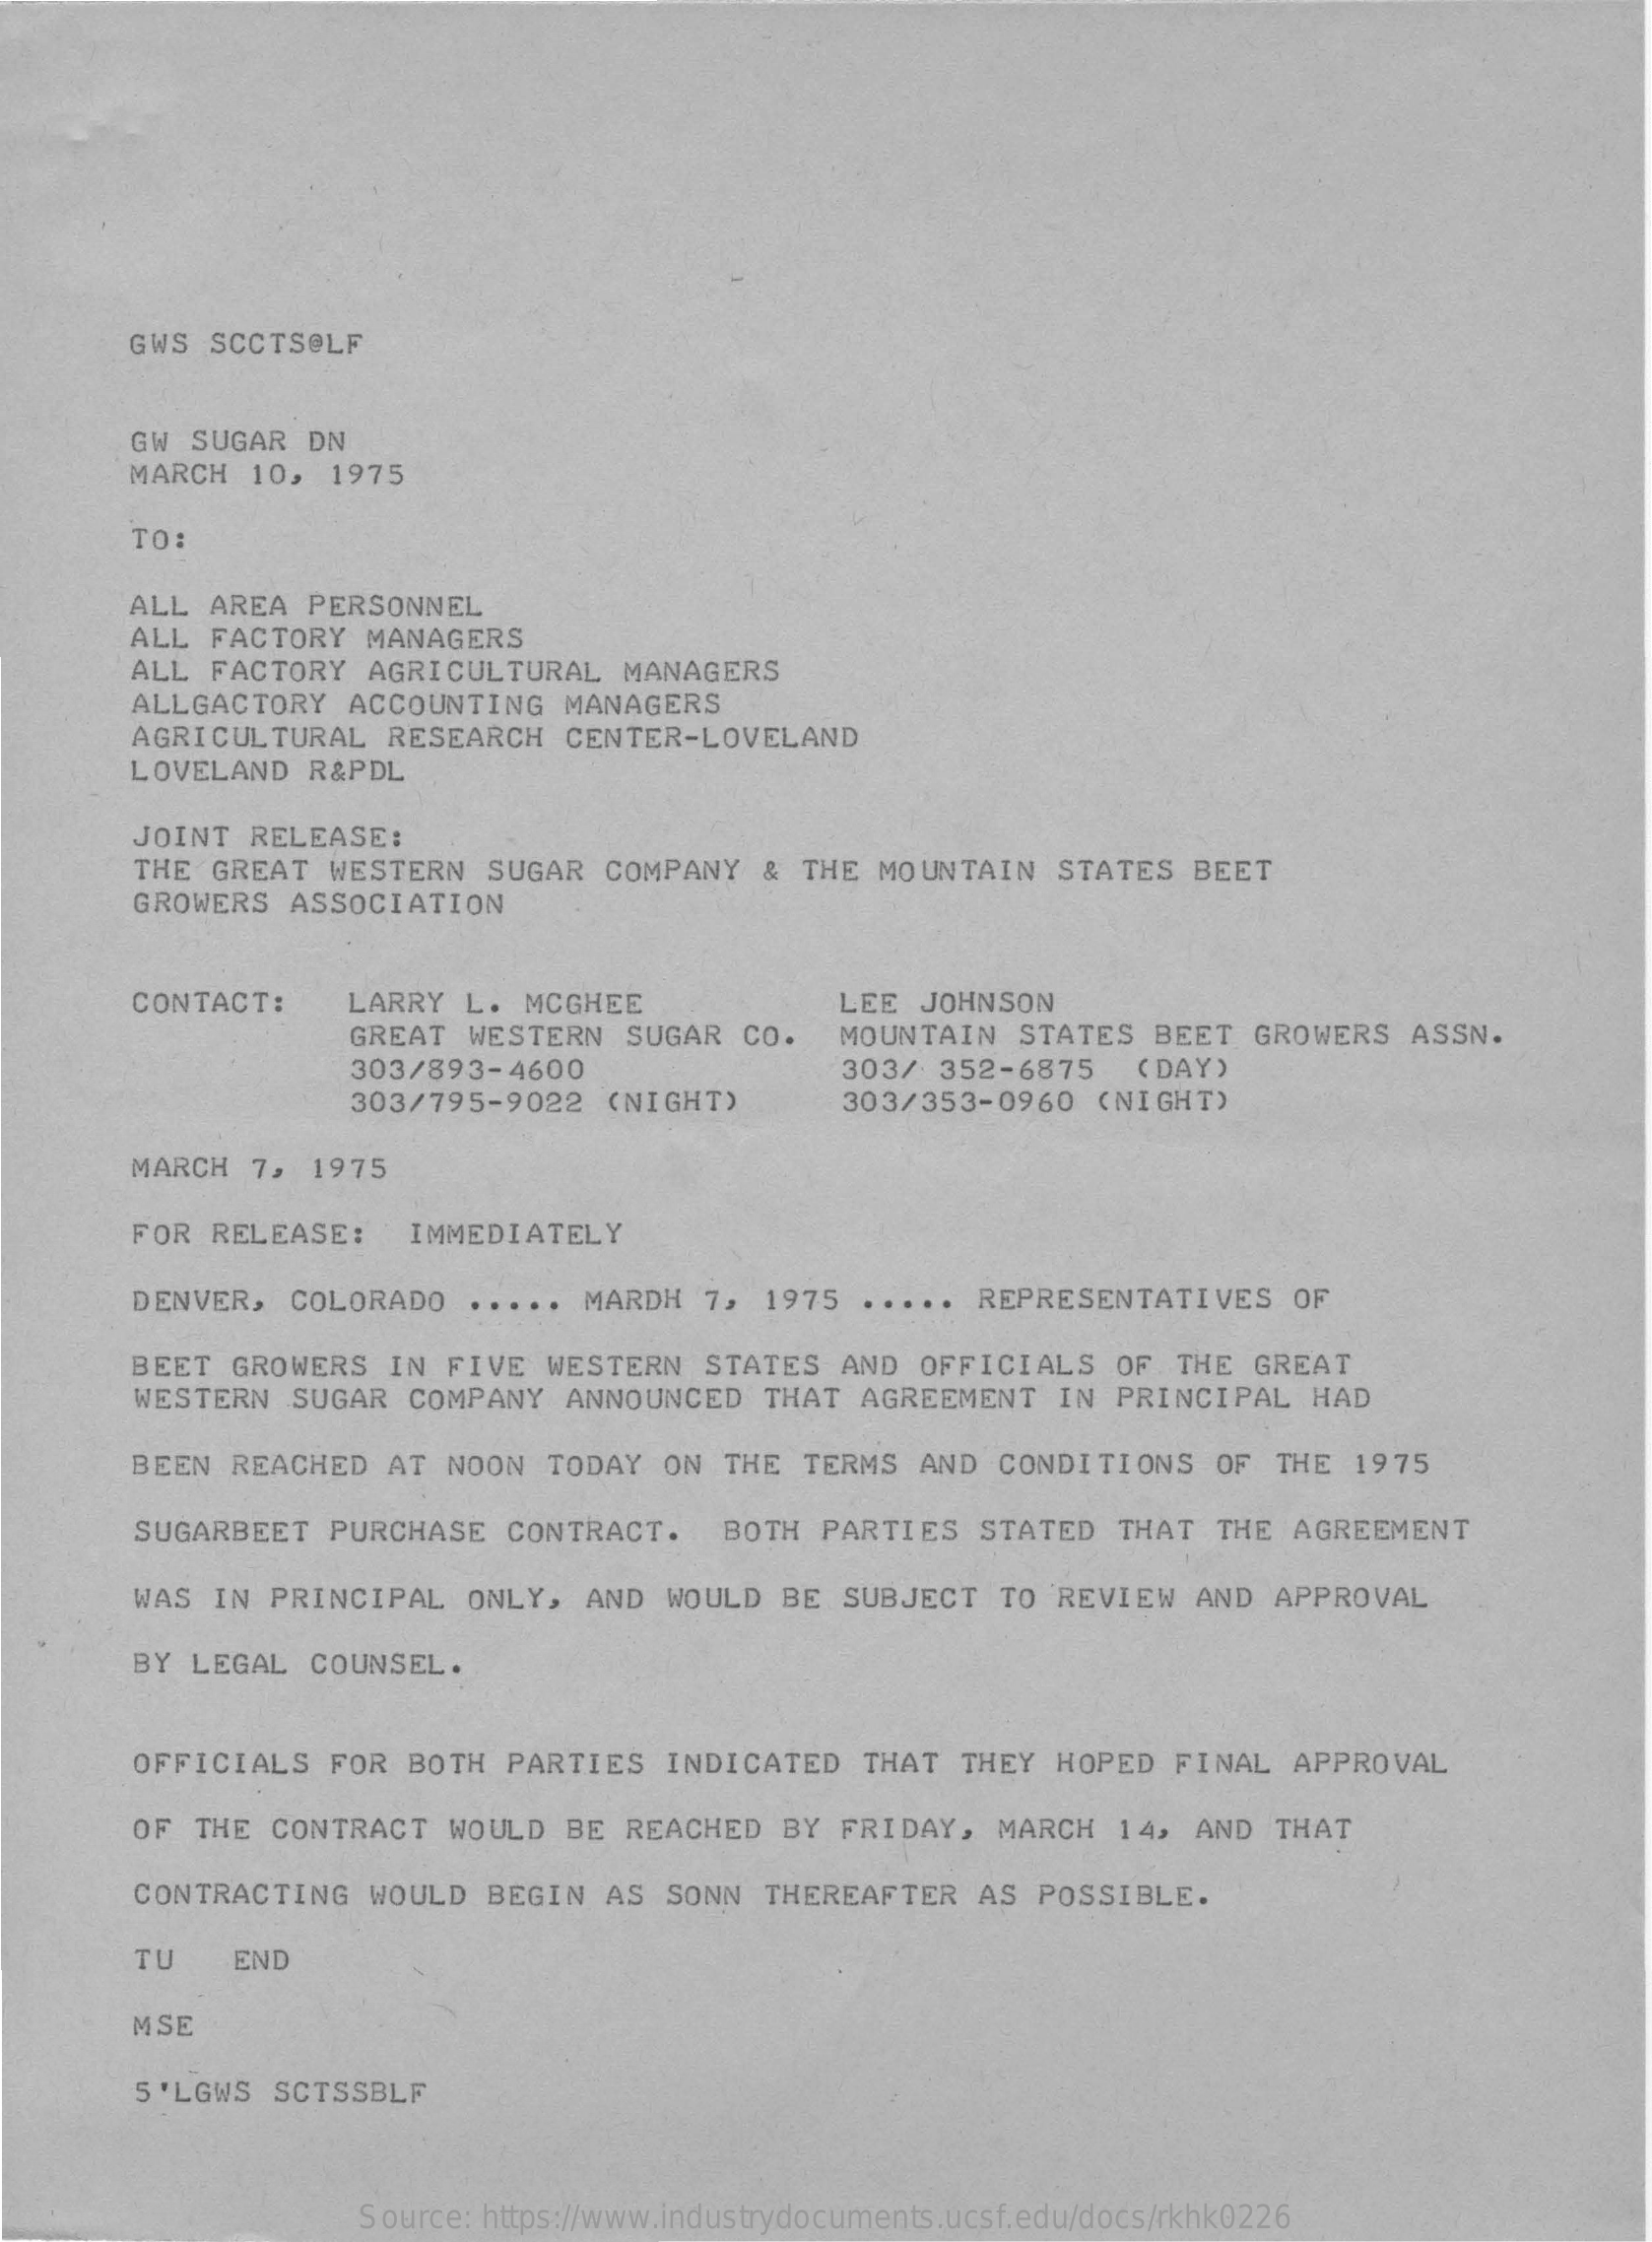
GWS SCCTSOLF
     GW  SUGAR   DN
     MARCH   10,  1975
     TO:
     ALL AREA  PERSONNEL
     ALL FACTORY   MANAGERS
     ALL FACTORY   AGRICULTURAL    MANAGERS
     ALLGACTORY   ACCOUNTING    MANAGERS
     AGRICULTURAL    RESEARCH   CENTER-LOVELAND
     LOVELAND  R&PDL
     JOINT  RELEASE:
     THE GREAT   WESTERN   SUGAR  COMPANY   &  THE  MOUNTAIN   STATES   BEET
     GROWERS  ASSOCIATION
     CONTACT:    LARRY  L.  MCGHEE    LEE JOHNSON
     GREAT   WESTERN   SUGAR  CO.   MOUNTAIN    STATES  BEET  GROWERS    ASSN.
     303/893-4600    303/  352-6875    ( DAY )
     303/795-9022    (NIGHT)    303/353-0960   (NIGHT)
     MARCH  7,  1975
     FOR RELEASE:    IMMEDIATELY
     DENVER,  COLORADO    MARDH   7,  1975    REPRESENTATIVES    OF
     BEET  GROWERS   IN FIVE   WESTERN   STATES  AND  OFFICIALS    OF  THE GREAT
     WESTERN   SUGAR  COMPANY   ANNOUNCED    THAT  AGREEMENT   IN  PRINCIPAL   HAD
     BEEN  REACHED   AT NOON   TODAY  ON  THE  TERMS  AND  CONDITIONS    OF  THE  1975
     SUGARBEET   PURCHASE   CONTRACT.    BOTH  PARTIES   STATED   THAT  THE  AGREEMENT
     WAS IN  PRINCIPAL    ONLY,  AND  WOULD  BE   SUBJECT   TO REVIEW   AND  APPROVAL
     BY LEGAL   COUNSEL.
     OFFICIALS   FOR  BOTH  PARTIES   INDICATED    THAT  THEY  HOPED   FINAL  APPROVAL
     OF  THE CONTRACT   WOULD   BE  REACHED   BY FRIDAY,   MARCH   14,  AND  THAT
     CONTRACTING   WOULD   BEGIN  AS  SONN   THEREAFTER   AS  POSSIBLE.
     TU    END
     MSE
     5 'LGWS SCTSSBLF
     Source: https://www.industrydocuments.ucsf.edu/docs/rkhk0226